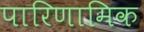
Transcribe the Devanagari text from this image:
पारिणामिक